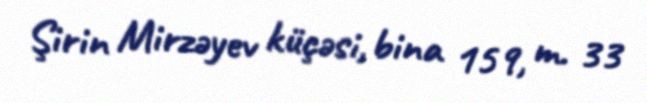
Şirin Mirzəyev küçəsi, bina 159, m. 33